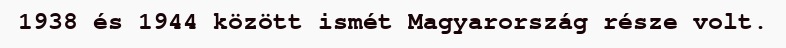
1938 és 1944 között ismét Magyarország része volt.